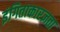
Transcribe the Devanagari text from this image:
इंगिताकारज्ञता